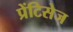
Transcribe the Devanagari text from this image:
प्रेंटिसेज